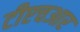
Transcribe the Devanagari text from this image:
टीएचआर